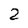
Character: 2